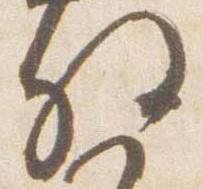
将